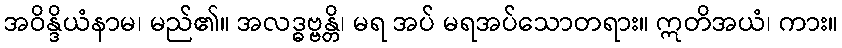
အဝိန္ဒိယံနာမ၊ မည်၏။ အလဒ္ဓဗ္ဗန္တိ၊ မရ အပ် မရအပ်သောတရား။ ဣတိအယံ၊ ကား။